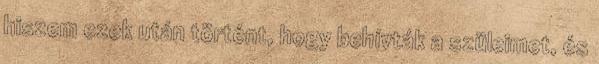
hiszem ezek után történt, hogy behívták a szüleimet, és